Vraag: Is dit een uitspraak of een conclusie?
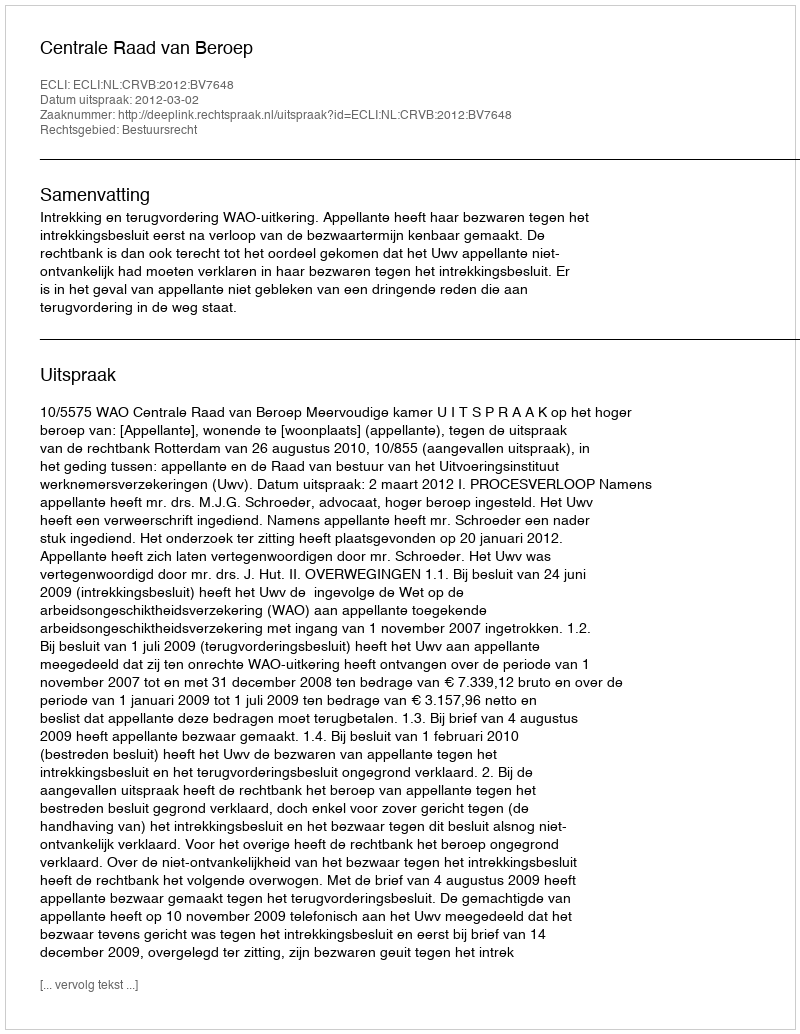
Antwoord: Uitspraak